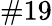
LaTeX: \# 19